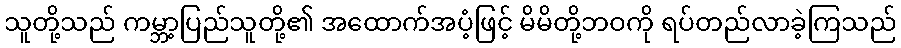
သူတို့သည် ကမ္ဘာ့ပြည်သူတို့၏ အထောက်အပံ့ဖြင့် မိမိတို့ဘဝကို ရပ်တည်လာခဲ့ကြသည်